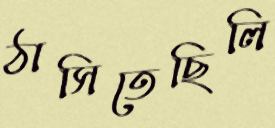
ঠাসিতেছিলি